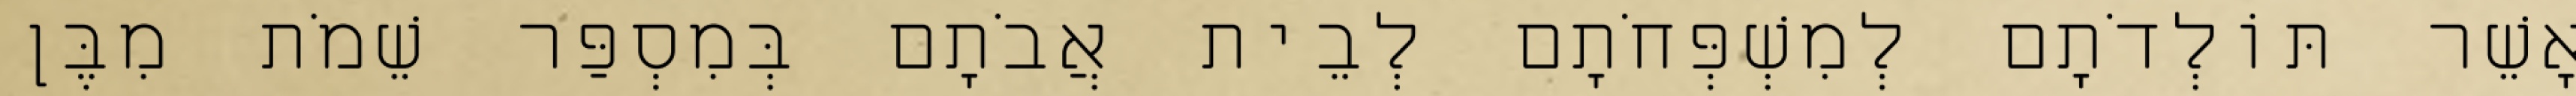
אָשֵׁר תּוֹלְדֹתָם לְמִשְׁפְּחֹתָם לְבֵית אֲבֹתָם בְּמִסְפַּר שֵׁמֹת מִבֶּן